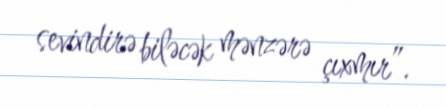
sevindirə biləcək mənzərə çıxmır”.